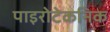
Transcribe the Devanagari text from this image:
पाइरोटेकनिक